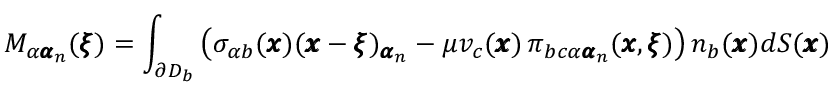
M _ { \alpha { \pmb \alpha } _ { n } } ( { \pmb \xi } ) = \int _ { \partial D _ { b } } \left( \sigma _ { \alpha b } ( { \pmb x } ) ( { \pmb x } - { \pmb \xi } ) _ { { \pmb \alpha } _ { n } } - \mu v _ { c } ( { \pmb x } ) \, \pi _ { b c \alpha { \pmb \alpha } _ { n } } ( { \pmb x } , { \pmb \xi } ) \right) n _ { b } ( { \pmb x } ) d S ( { \pmb x } )